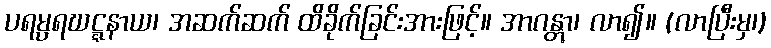
ပရမ္ပရဃဋ္ဋနာယ၊ အဆက်ဆက် ထိခိုက်ခြင်းအားဖြင့်။ အာဂန္တွာ၊ လာ၍။ (လာပြီးမှ၊)